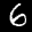
Label: 6